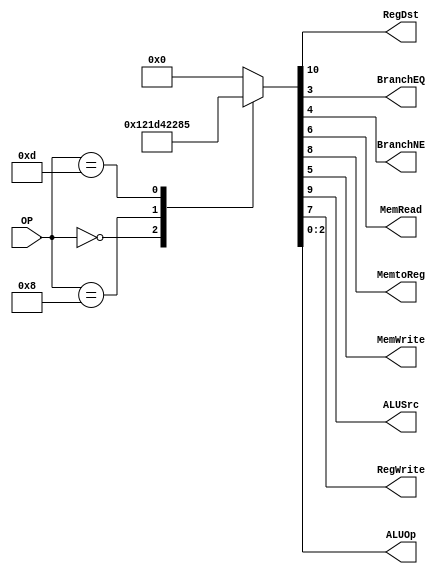
/******************************************************************
* Description
*	This is control unit for the MIPS processor. The control unit is 
*	in charge of generation of the control signals. Its only input 
*	corresponds to opcode from the instruction.
*	1.0
* Author:
*	Dr. Jos Luis Pizano Escalante
* email:
*	luispizano@iteso.mx
* Date:
*	01/03/2014
******************************************************************/
module Control
(
	input [5:0]OP,
	
	output RegDst,
	output BranchEQ,
	output BranchNE,
	output MemRead,
	output MemtoReg,
	output MemWrite,
	output ALUSrc,
	output RegWrite,
	output [2:0]ALUOp
);
localparam R_Type = 0;
localparam I_Type_ADDI = 6'h8;
localparam I_Type_ORI = 6'h0d;


reg [10:0] ControlValues;

always@(OP) begin
	casex(OP)
		R_Type:       ControlValues= 11'b1_001_00_00_111;
		I_Type_ADDI:  ControlValues= 11'b0_101_00_00_100;
		I_Type_ORI:   ControlValues= 11'b0_101_00_00_101;
		
		default:
			ControlValues= 10'b0000000000;
		endcase
end	
	
assign RegDst = ControlValues[10];
assign ALUSrc = ControlValues[9];
assign MemtoReg = ControlValues[8];
assign RegWrite = ControlValues[7];
assign MemRead = ControlValues[6];
assign MemWrite = ControlValues[5];
assign BranchNE = ControlValues[4];
assign BranchEQ = ControlValues[3];
assign ALUOp = ControlValues[2:0];	

endmodule